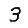
Digit: 3